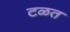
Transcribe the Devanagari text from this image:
टळत